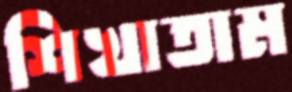
শিখাতাম